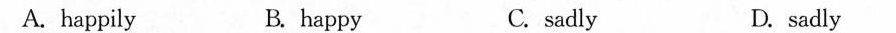
A. happily B. happy C.sadly D. sadly